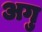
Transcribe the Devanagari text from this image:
अगु